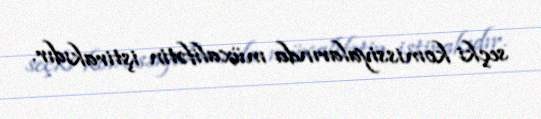
seçki komissiyalarında müxalifətin iştirakıdır.